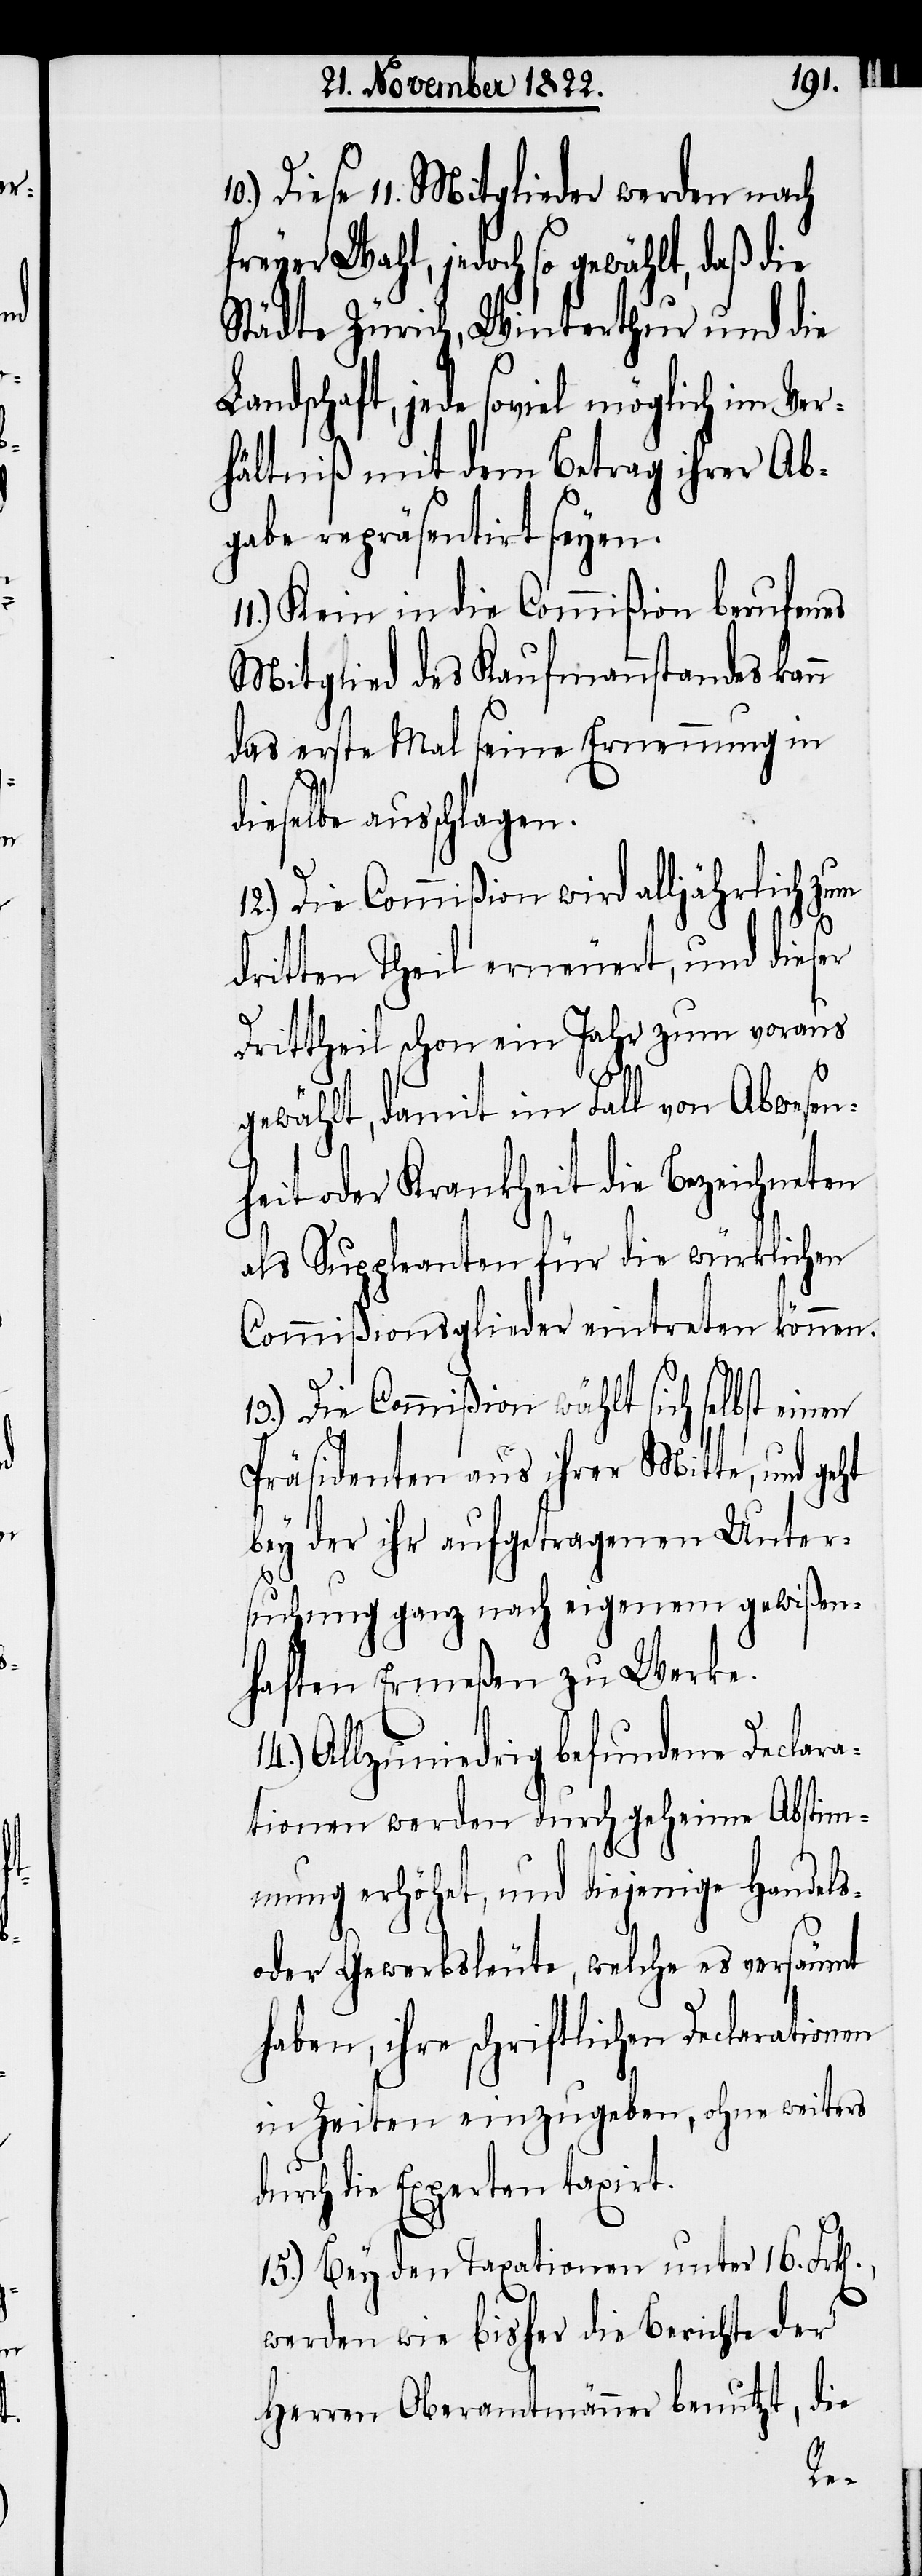
n].,

Diese 11. Mitglieder werden nach
freyer Wahl, jedoch so gewählt, daß die
Städte Zürich, Winterthur und die
Landschaft, jede soviel möglich im Ver¬
hältniß mit dem Betrag ihrer Ab¬
gabe repräsentirt seyen.
11.) Kein in die Commißion berufenes
Mitglied des Kaufmannstandes kann
das erste Mal seine Ernennung in
dieselbe ausschlagen.
12.) Die Commißion wird alljährlich zum
dritten Theil erneuert, und dieser
Drittheil schon ein Jahr zum voraus
gewählt, damit im Fall von Abwesen¬
heit oder Krankheit die Bezeichneten
als Suppleanten für die würklichen
Commißionsmitglieder eintreten können.
13.) Die Commißion wählt sich selbst einen
Präsidenten aus ihrer Mitte, und geht
bey der ihr aufgetragenen Unter¬
suchung ganz nach eigenem gewißen¬
haften Ermeßen zu Werke.
14.) Allzuniedrig befundene Declara¬
tionen werden durch geheime Abstim¬
mung erhöhet, und diejenige Handels-
oder Gewerbsleute, welche es versäumt
haben, ihre schriftlichen Declarationen
in Zeiten einzugeben, ohne weiters
durch die Experten taxirt.
15.) Bey den Taxationen unter 16. Frk[e¬
werden wie bisher die Berichte der
Herren Oberamtmänner benutzt, die